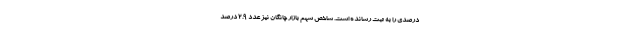
درصدی را به ثبت رسانده است. شاخص سهم بازار چانگان نیز عدد 2.9 درصد